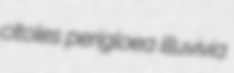
citoles perigloea illuvivia